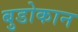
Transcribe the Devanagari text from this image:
बुडोकान